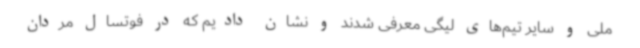
ملی و سایر تیم‌های لیگی معرفی شدند و نشان دادیم که در فوتسال مردان